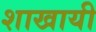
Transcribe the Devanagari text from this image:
शाखायी